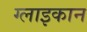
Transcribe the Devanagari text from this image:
ग्लाइकान